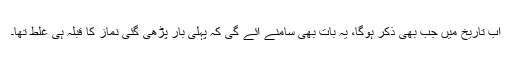
اب تاریخ میں جب بھی ذکر ہوگا، یہ بات بھی سامنے آئے گی کہ پہلی بار پڑھی گئی نماز کا قبلہ ہی غلط تھا۔